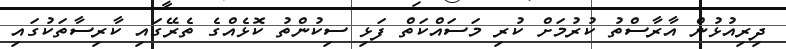
ދިރިއުޅުން އާރާސްތު ކުރުމަށް ކުރި މަސައްކަތް ފަޅި ސިކުންތު ކޮޅެއްގެ ތެރޭގައި ކާރިސާތަކުގައި